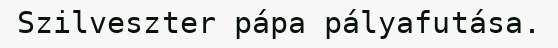
Szilveszter pápa pályafutása.